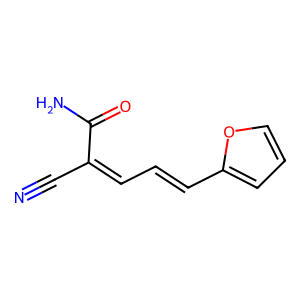
SMILES: N#CC(=CC=Cc1ccco1)C(N)=O
Inhibits HIV replication: No